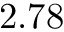
2 . 7 8